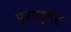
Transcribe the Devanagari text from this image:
पुन्ररावृत्त्ति